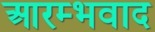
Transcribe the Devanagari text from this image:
आरम्भवाद